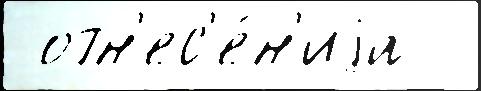
 отн'ес'е́н'иjа